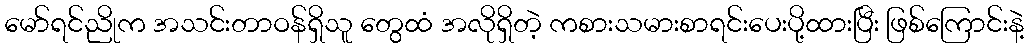
မော်ရင်ညိုက အသင်းတာဝန်ရှိသူ တွေထံ အလိုရှိတဲ့ ကစားသမားစာရင်းပေးပို့ထားပြီး ဖြစ်ကြောင်းနဲ့